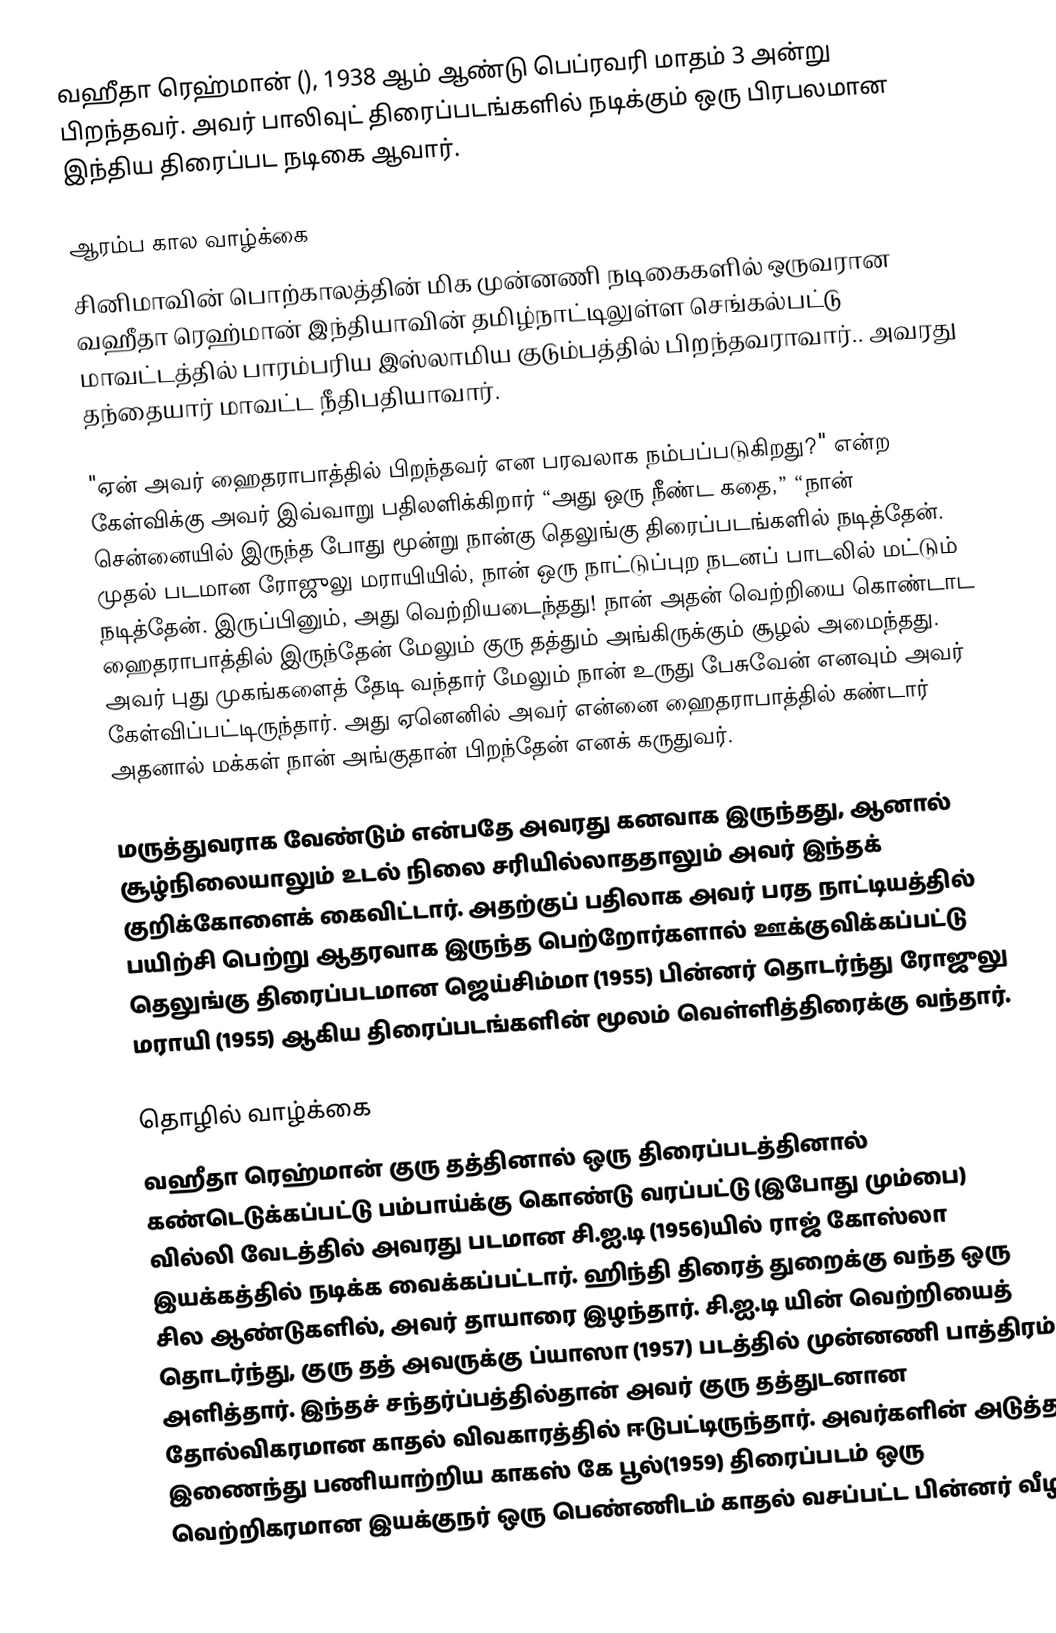
வஹீதா ரெஹ்மான் (), 1938 ஆம் ஆண்டு பெப்ரவரி  மாதம் 3 அன்று பிறந்தவர். அவர் பாலிவுட் திரைப்படங்களில் நடிக்கும் ஒரு பிரபலமான இந்திய திரைப்பட நடிகை ஆவார்.

ஆரம்ப கால வாழ்க்கை
சினிமாவின் பொற்காலத்தின் மிக முன்னணி நடிகைகளில் ஒருவரான வஹீதா ரெஹ்மான் இந்தியாவின் தமிழ்நாட்டிலுள்ள செங்கல்பட்டு மாவட்டத்தில் பாரம்பரிய இஸ்லாமிய குடும்பத்தில் பிறந்தவராவார்.. அவரது தந்தையார் மாவட்ட நீதிபதியாவார்.

"ஏன் அவர் ஹைதராபாத்தில் பிறந்தவர் என பரவலாக நம்பப்படுகிறது?" என்ற கேள்விக்கு அவர் இவ்வாறு பதிலளிக்கிறார் “அது ஒரு நீண்ட கதை,” “நான் சென்னையில் இருந்த போது மூன்று நான்கு தெலுங்கு திரைப்படங்களில் நடித்தேன். முதல் படமான ரோஜுலு மராயியில், நான் ஒரு நாட்டுப்புற நடனப் பாடலில் மட்டும் நடித்தேன். இருப்பினும், அது வெற்றியடைந்தது! நான் அதன் வெற்றியை கொண்டாட ஹைதராபாத்தில் இருந்தேன் மேலும் குரு தத்தும் அங்கிருக்கும் சூழல் அமைந்தது. அவர் புது முகங்களைத் தேடி வந்தார் மேலும் நான் உருது பேசுவேன் எனவும் அவர் கேள்விப்பட்டிருந்தார். அது ஏனெனில் அவர் என்னை ஹைதராபாத்தில் கண்டார் அதனால் மக்கள் நான் அங்குதான் பிறந்தேன் எனக் கருதுவர்.

மருத்துவராக வேண்டும் என்பதே அவரது கனவாக இருந்தது, ஆனால் சூழ்நிலையாலும் உடல் நிலை சரியில்லாததாலும் அவர் இந்தக் குறிக்கோளைக் கைவிட்டார். அதற்குப் பதிலாக அவர் பரத நாட்டியத்தில் பயிற்சி பெற்று ஆதரவாக இருந்த பெற்றோர்களால் ஊக்குவிக்கப்பட்டு தெலுங்கு திரைப்படமான ஜெய்சிம்மா (1955) பின்னர் தொடர்ந்து ரோஜுலு மராயி (1955) ஆகிய திரைப்படங்களின் மூலம் வெள்ளித்திரைக்கு வந்தார்.

தொழில் வாழ்க்கை
வஹீதா ரெஹ்மான் குரு தத்தினால் ஒரு திரைப்படத்தினால் கண்டெடுக்கப்பட்டு பம்பாய்க்கு கொண்டு வரப்பட்டு (இபோது மும்பை) வில்லி வேடத்தில் அவரது படமான சி.ஐ.டி (1956)யில் ராஜ் கோஸ்லா இயக்கத்தில் நடிக்க வைக்கப்பட்டார். ஹிந்தி திரைத் துறைக்கு வந்த ஒரு சில ஆண்டுகளில், அவர் தாயாரை இழந்தார். சி.ஐ.டி யின் வெற்றியைத் தொடர்ந்து, குரு தத் அவருக்கு ப்யாஸா (1957) படத்தில் முன்னணி பாத்திரம் அளித்தார். இந்தச் சந்தர்ப்பத்தில்தான் அவர் குரு தத்துடனான தோல்விகரமான காதல் விவகாரத்தில் ஈடுபட்டிருந்தார். அவர்களின் அடுத்த இணைந்து பணியாற்றிய காகஸ் கே பூல்(1959) திரைப்படம் ஒரு வெற்றிகரமான இயக்குநர் ஒரு பெண்ணிடம் காதல் வசப்பட்ட பின்னர் வீழ